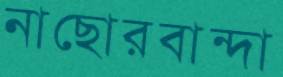
নাছোরবান্দা